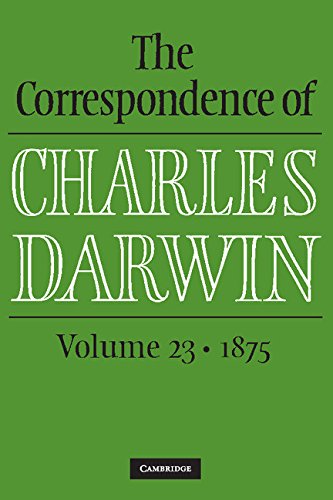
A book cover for The Correspondence of Charles Darwin: Volume 23, 1875; Charles Darwin; Literature & Fiction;